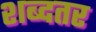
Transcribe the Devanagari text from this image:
शब्दतर